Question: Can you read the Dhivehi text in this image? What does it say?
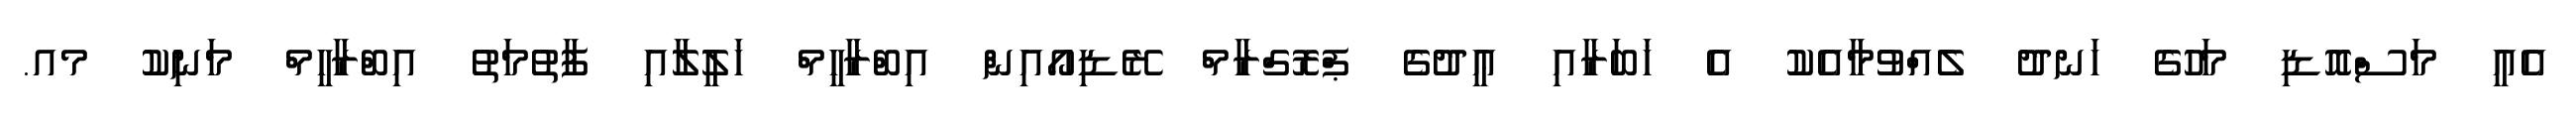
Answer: އެއީ މަސްއޮޑި މަހުގެ ހަނދު ލެއްވުމާއެކު އެ ޚަބަރާއި ޢީދުގެ ޕްރޮގްރާމް ރޭޑިއޯއިން އިބްރާހީމް ޚަލީލާއި ފާތުމަތު އިބްރާހީމް މަނިކު މއ.